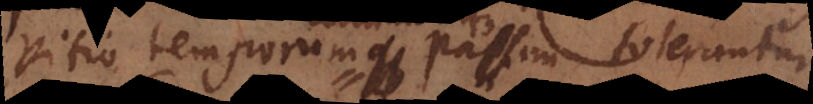
vitio temporum passim tolerantur.